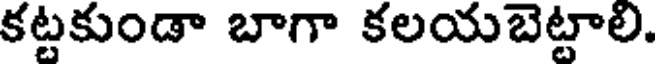
కట్టకుండా బాగా కలయబెట్టాలి.